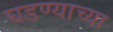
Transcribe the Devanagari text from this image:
घडण्याच्या